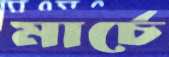
মার্চে